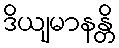
ဒိယျမာနန္တိ